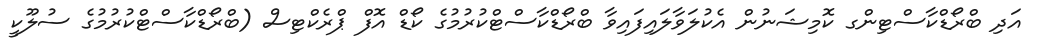
އަދި ބްރޯޑްކާސްޓިންގ ކޮމިޝަނުން އެކުލަވާލައިފައިވާ ބްރޯޑްކާސްޓްކުރުމުގެ ކޯޑް އޮފް ޕްރެކްޓިސް (ބްރޯޑްކާސްޓްކުރުމުގެ ސުލޫކީ